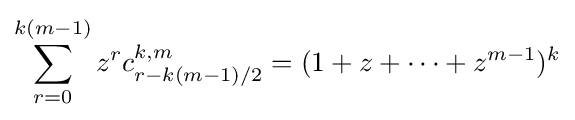
\sum _{r=0}^{k(m-1)}{z^{r}c_{r-k(m-1)/2}^{k,m}=(1+z+\dots +z^{m-1})^{k}}